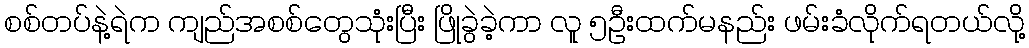
စစ်တပ်နဲ့ရဲက ကျည်အစစ်တွေသုံးပြီး ဖြိုခွဲခဲ့ကာ လူ ၅ဦးထက်မနည်း ဖမ်းခံလိုက်ရတယ်လို့